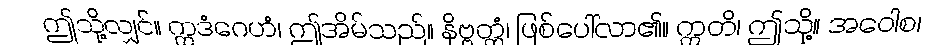
ဤသို့လျှင်။ ဣဒံဂေဟံ၊ ဤအိမ်သည်။ နိဗ္ဗတ္တံ၊ ဖြစ်ပေါ်လာ၏။ ဣတိ၊ ဤသို့။ အဝေါစ၊